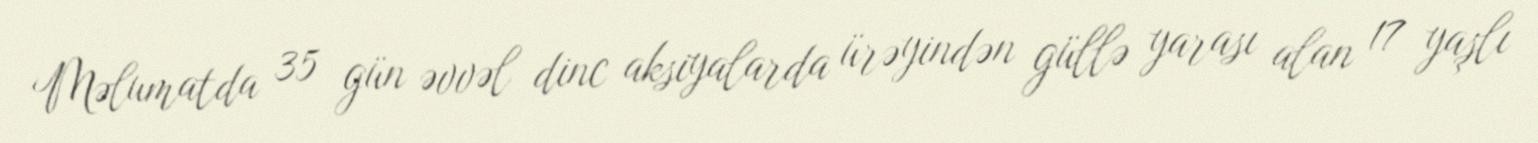
Məlumatda 35 gün əvvəl dinc aksiyalarda ürəyindən güllə yarası alan 17 yaşlı